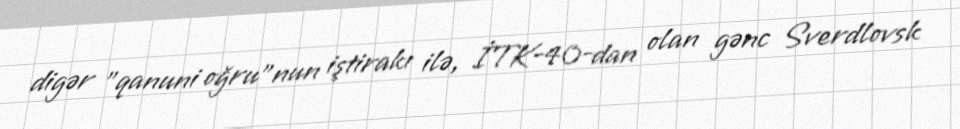
digər "qanuni oğru"nun iştirakı ilə, İTK-40-dan olan gənc Sverdlovsk